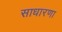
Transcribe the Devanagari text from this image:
साधारणा